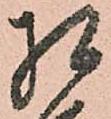
相